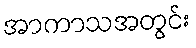
အာကာသအတွင်း